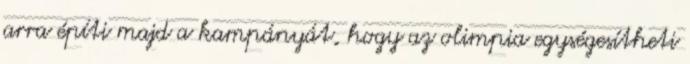
arra építi majd a kampányát, hogy az olimpia egységesítheti